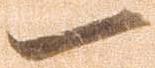
一